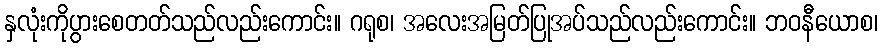
နှလုံးကိုပွားစေတတ်သည်လည်းကောင်း။ ဂရုစ၊ အလေးအမြတ်ပြုအပ်သည်လည်းကောင်း။ ဘဝနီယောစ၊